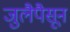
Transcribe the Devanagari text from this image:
जुलैपैसून